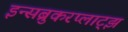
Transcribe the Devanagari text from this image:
इन्सब्रुकरप्लाट्झ